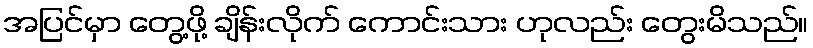
အပြင်မှာ တွေ့ဖို့ ချိန်းလိုက် ကောင်းသား ဟုလည်း တွေးမိသည်။